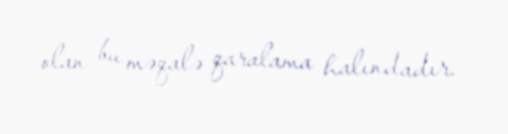
olan bu məqalə qaralama halındadır.